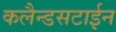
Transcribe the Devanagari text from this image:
कलैन्डसटाईन